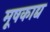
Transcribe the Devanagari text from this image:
मूषकाद्य